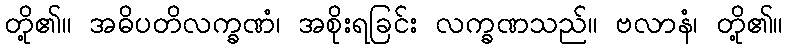
တို့၏။ အဓိပတိလက္ခဏံ၊ အစိုးရခြင်း လက္ခဏသည်။ ဗလာနံ၊ တို့၏။